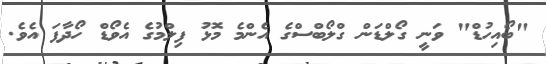
"ބޯއިހުޑް" ވަނީ ގޯލްޑަން ގްލޯބްސްގެ އެންމެ މޮޅު ފިލްމުގެ އެވޯޑް ހޯދާފަ އެވެ.